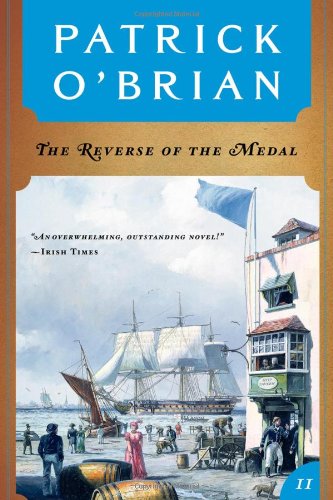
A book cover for The Reverse of the Medal (Vol. Book 11)  (Aubrey/Maturin Novels); Patrick O'Brian; Literature & Fiction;